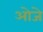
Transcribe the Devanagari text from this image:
ओजे